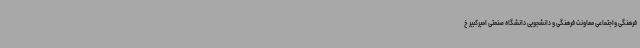
فرهنگی واجتماعی معاونت فرهنگی و دانشجویی دانشگاه صنعتی امیرکبیر خ